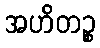
အဟိတဉ္စ